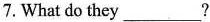
7.What do they ___?